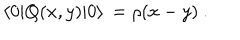
\langle 0 | Q ( x , y ) | 0 \rangle \, = \rho ( x - y ) \ .